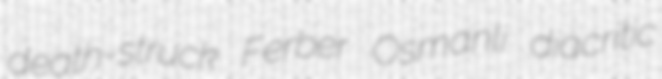
death-struck Ferber Osmanli diacritic